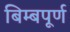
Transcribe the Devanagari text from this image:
बिम्बपूर्ण